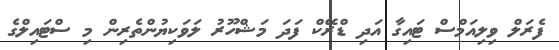
ފެރަލް ވިލިއަމްސް ޓައިގާ އަދި ޑްރޭކް ފަދަ މަޝްހޫރު ލަވަކިޔުންތެރިން މި ސްޓައިލްގެ